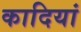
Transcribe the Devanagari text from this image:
कादियां